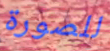
للصورة